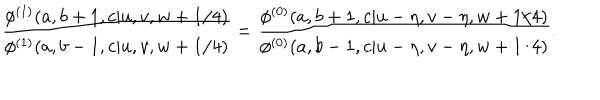
LaTeX: \displaystyle { \frac { \phi ^ { ( 1 ) } ( a , b + 1 , c | u , v , w + 1 / 4 ) } { \phi ^ { ( 1 ) } ( a , b - 1 , c | u , v , w + 1 / 4 ) } } = \displaystyle { \frac { \phi ^ { ( 0 ) } ( a , b + 1 , c | u - \eta , v - \eta , w + 1 / 4 ) } { \phi ^ { ( 0 ) } ( a , b - 1 , c | u - \eta , v - \eta , w + 1 / 4 ) } } .